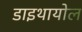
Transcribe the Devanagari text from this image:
डाइथायोल